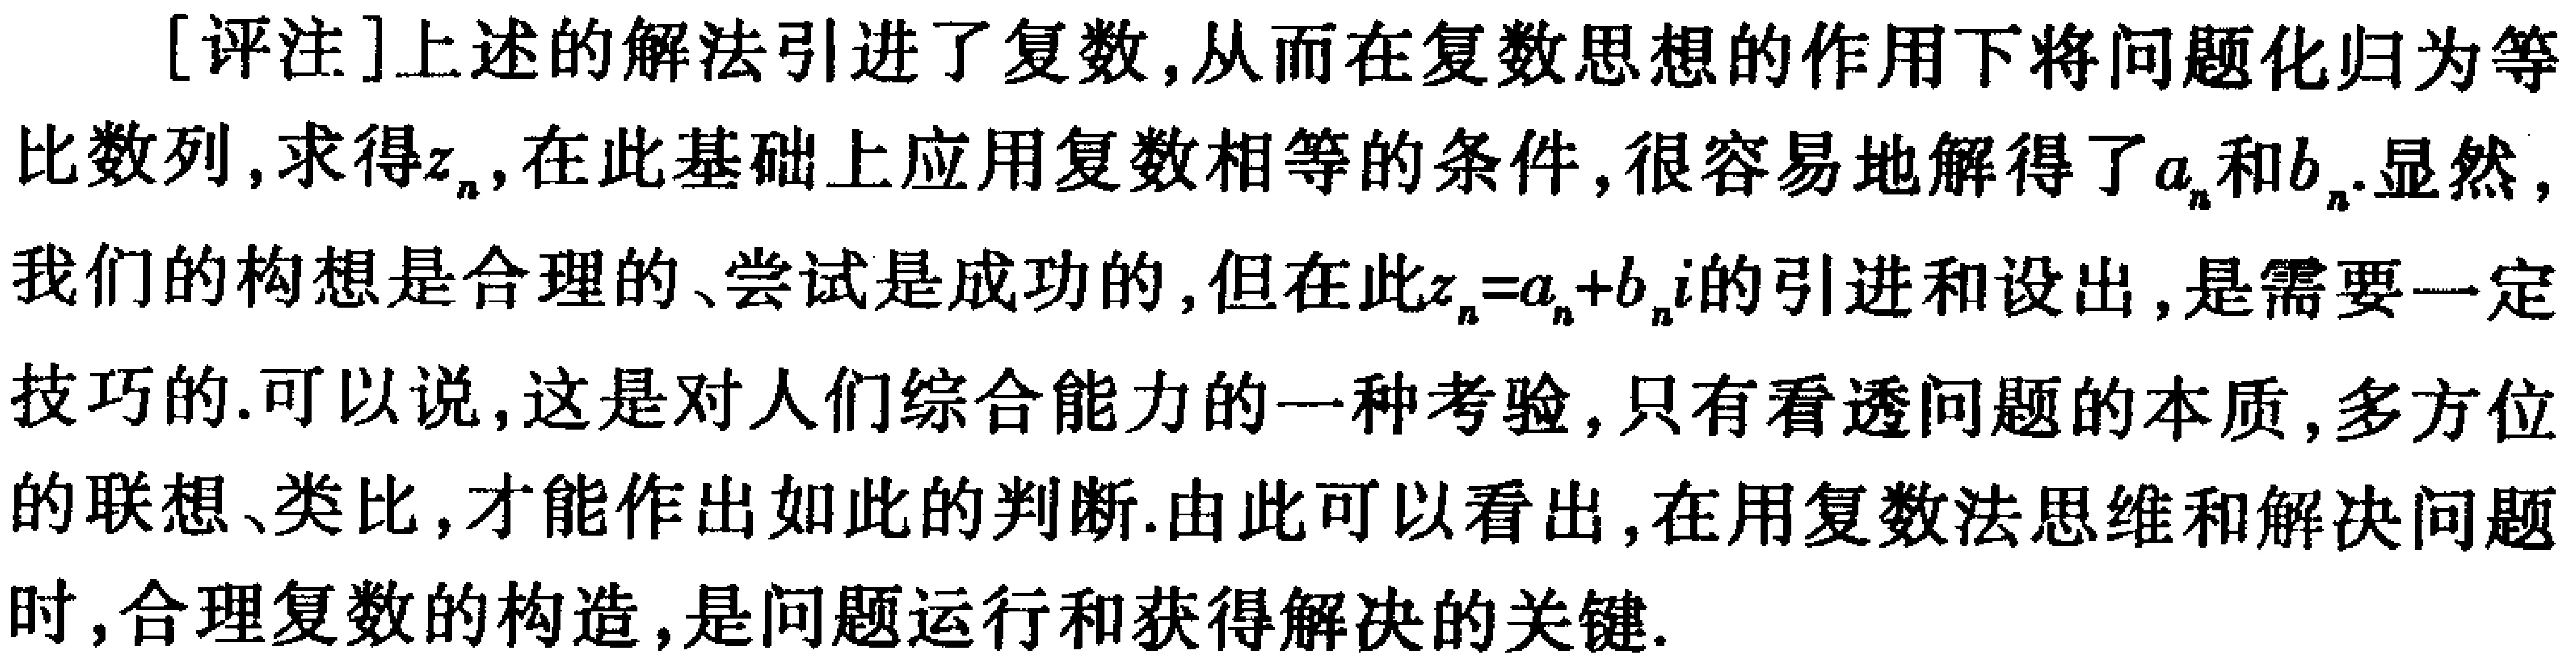
[评注]上述的解法引进了复数,从而在复数思想的作用下将问题化归为等比数列,求得\(z_{n}\),在此基础上应用复数相等的条件,很容易地解得了\(a_{n}\)和\(b_{n}\).显然,我们的构想是合理的、尝试是成功的,但在此\(z_{n}=a_{n}+b_{n}i\)的引进和设出,是需要一定技巧的.可以说,这是对人们综合能力的一种考验,只有看透问题的本质,多方位的联想、类比,才能作出如此的判断.由此可以看出,在用复数法思维和解决问题时,合理复数的构造,是问题运行和获得解决的关键.